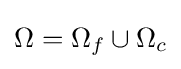
\Omega =\Omega _{f}\cup \Omega _{c}